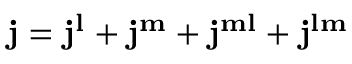
\mathbf { j } = \mathbf { j } ^ { \mathbf { l } } + \mathbf { j } ^ { \mathbf { m } } + \mathbf { j } ^ { \mathbf { m l } } + \mathbf { j } ^ { \mathbf { l m } }